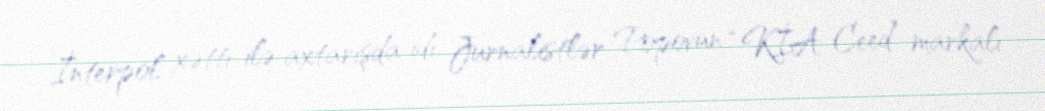
İnterpol xətti ilə axtarışda idi. Jurnalistlər Popovun “KİA Ceed” markalı